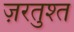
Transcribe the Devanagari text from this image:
ज़रतुश्त